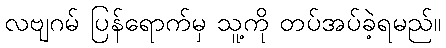
လဗျဂမ် ပြန်ရောက်မှ သူ့ကို တပ်အပ်ခဲ့ရမည်။